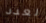
لعدد